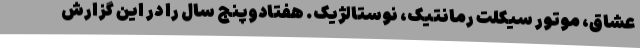
عشاق، موتور سیکلت رمانتیک، نوستالژیک. هفتادوپنج سال را در این گزارش